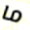
ما